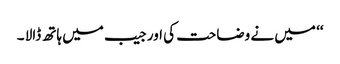
‘‘ میں نے وضاحت کی اور جیب میں ہاتھ ڈالا ۔